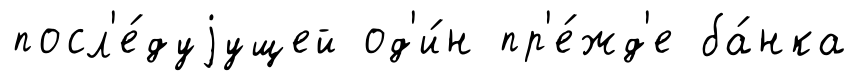
посл'е́дуjущей од'и́н пр'е́жд'е ба́нка